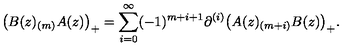
\bigl ( B ( z ) _ { ( m ) } A ( z ) \bigr ) _ { + } = \sum _ { i = 0 } ^ { \infty } ( - 1 ) ^ { m + i + 1 } \partial ^ { ( i ) } \bigl ( A ( z ) _ { ( m + i ) } B ( z ) \bigr ) _ { + } .